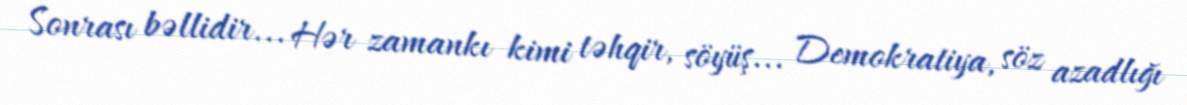
Sonrası bəllidir... Hər zamankı kimi təhqir, söyüş... Demokratiya, söz azadlığı